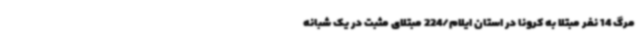
مرگ 14 نفر مبتلا به کرونا در استان ایلام/224 مبتلای مثبت در یک شبانه